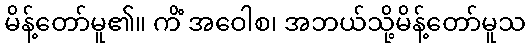
မိန့်တော်မူ၏။ ကိံ အဝေါစ၊ အဘယ်သို့မိန့်တော်မူသ